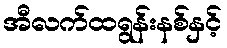
အီလက်ထရွန်းနစ်နှင့်